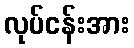
လုပ်ငန်းအား